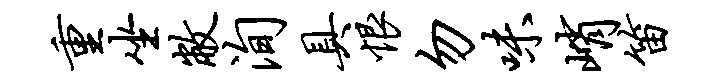
重坐敝洵具恨勿味峭笛